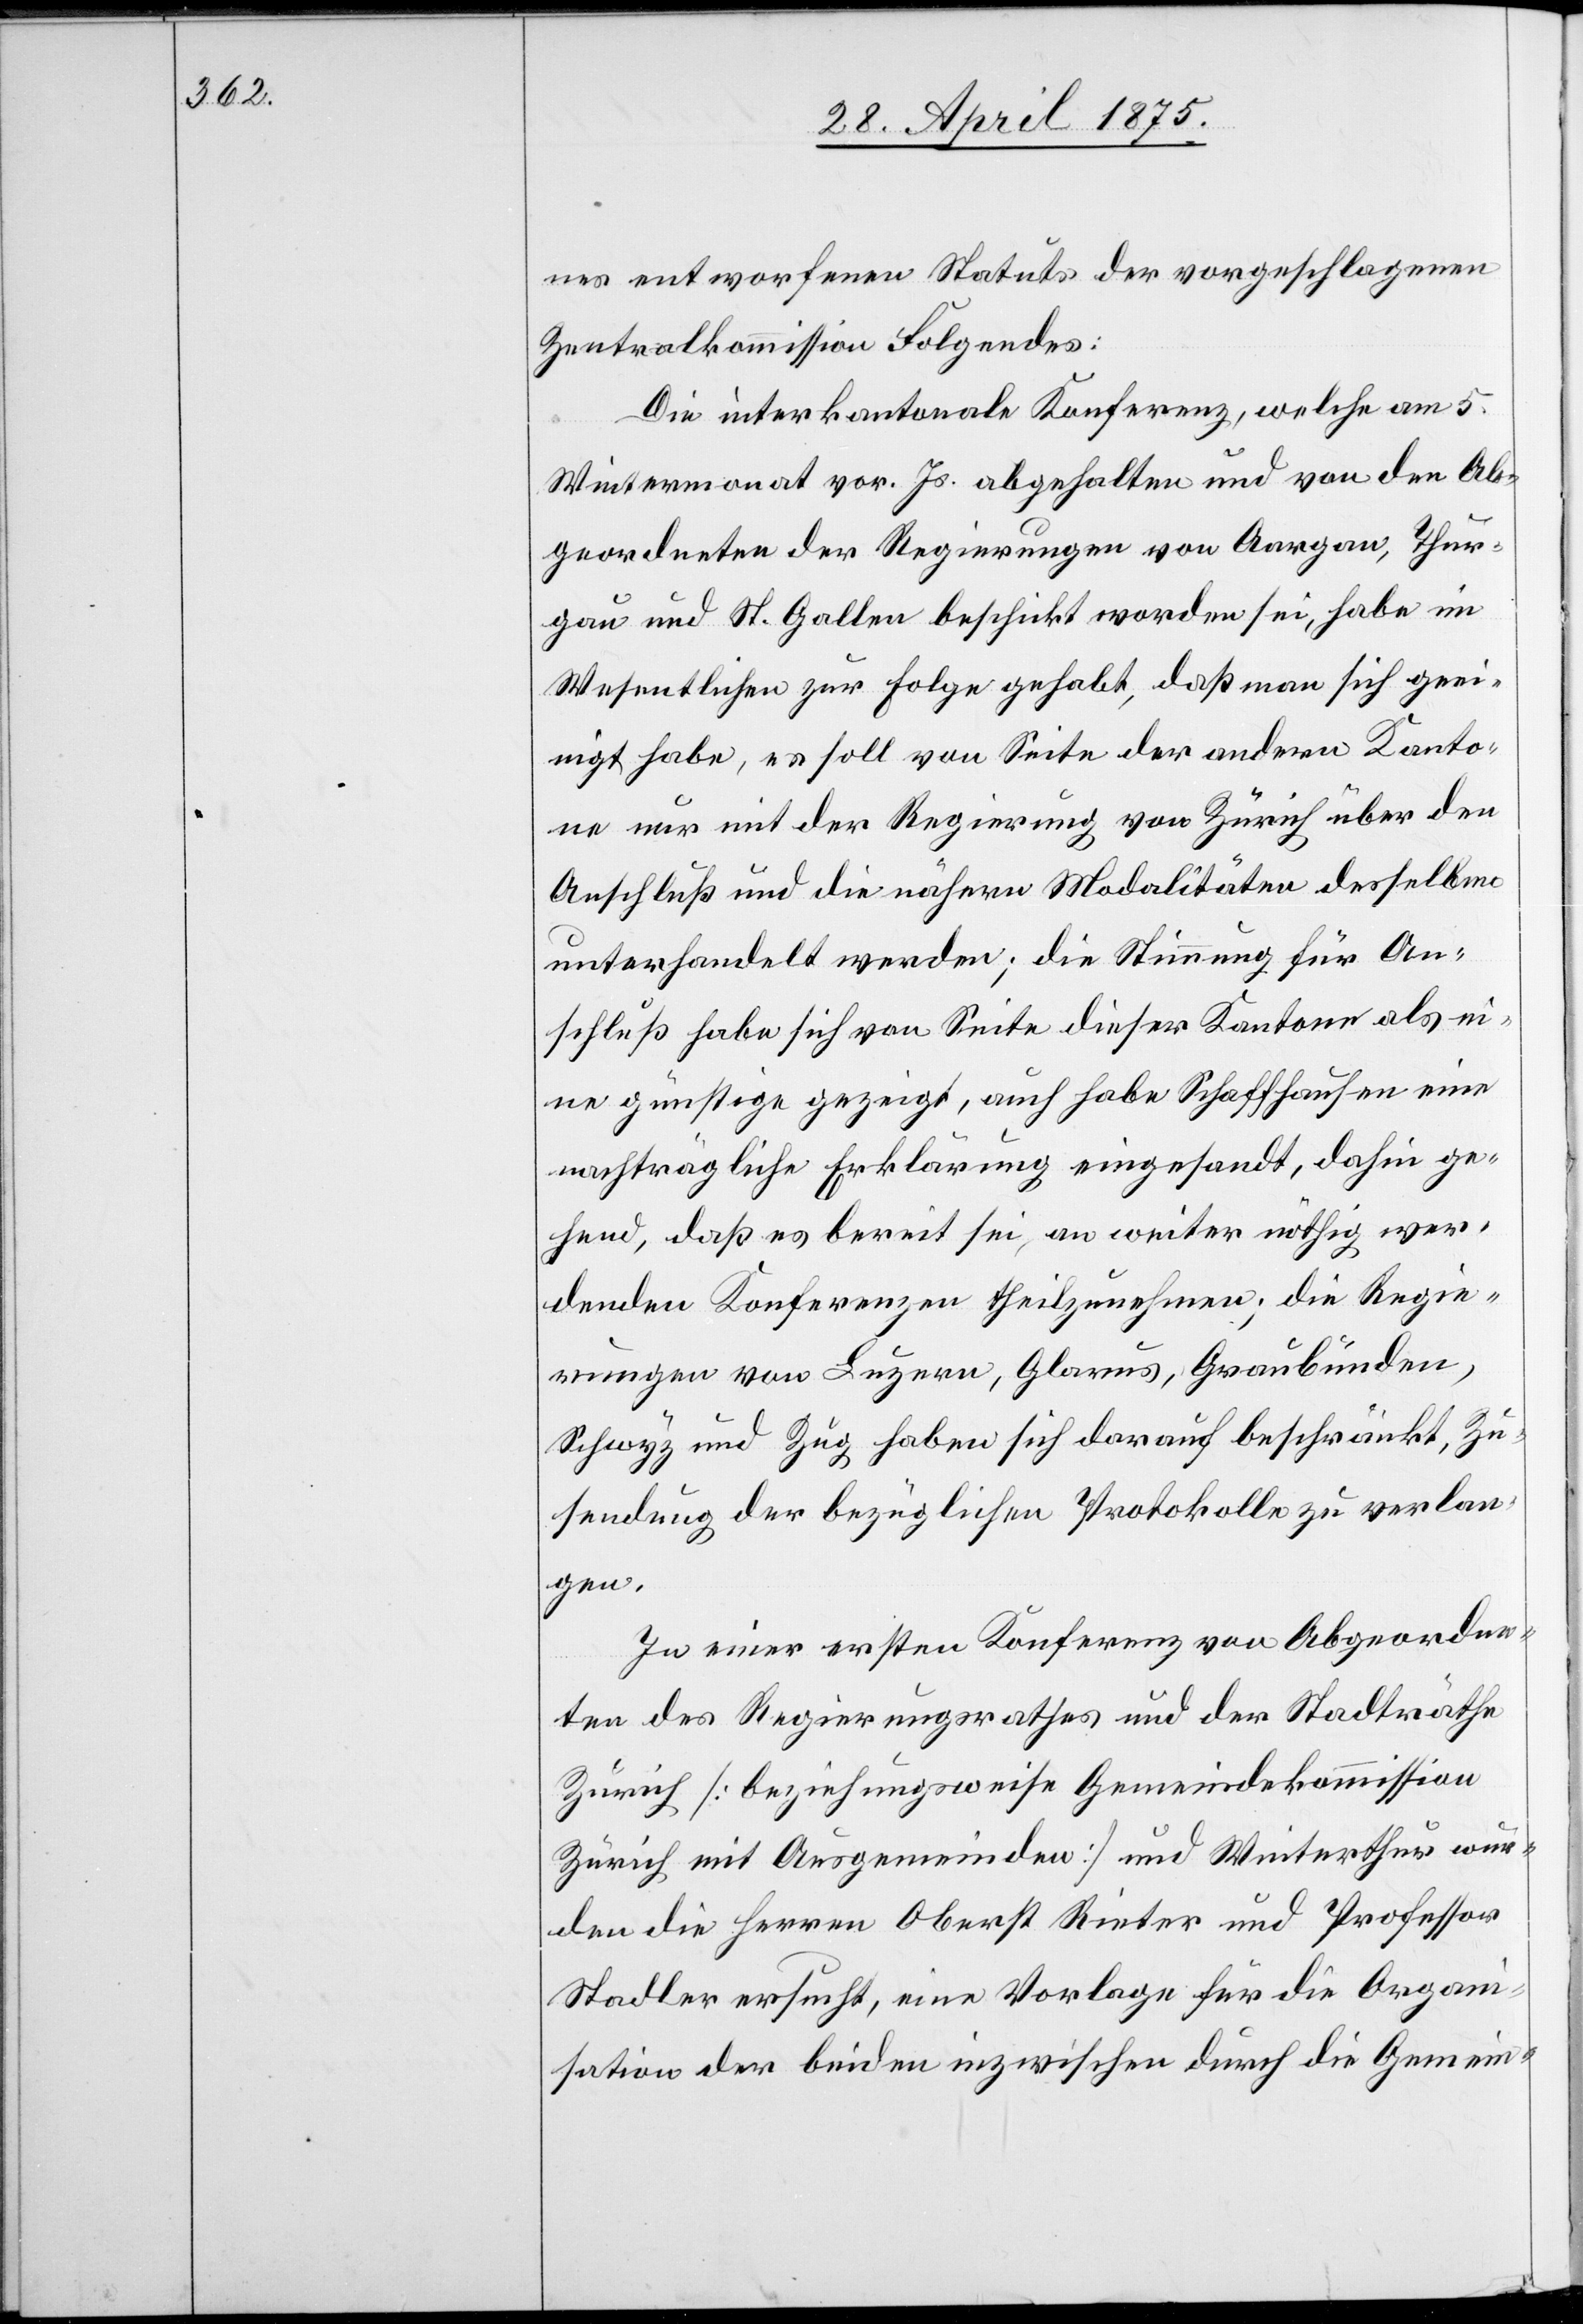
nes entworfenen Statuts der vorgeschlagenen
Zentralkommission Folgendes:
Die interkantonale Konferenz, welche am 5.
Wintermonat vor. Js. abgehalten und von den Ab¬
geordneten der Regierungen von Aargau, Thur¬
gau und St. Gallen beschickt worden sei, habe im
Wesentlichen zu Folge gehabt, daß man sich geei¬
nigt habe, es soll von Seite der andern Kanto¬
ne nur mit der Regierung von Zürich über den
Anschluß und die nähern Modalitäten derselben
unterhandelt werden; die Stimmung für An¬
schluß habe sich von Seite dieser Kantone als ei¬
ne günstige gezeigt, auch habe Schaffhausen eine
nachträgliche Erklärung eingesandt, dahinge¬
hend, daß es bereit sei, an weiter nöthig wer¬
denden Konferenzen theilzunehmen; die Regie¬
rungen von Luzern, Glarus, Graubünden,
Schwyz und Zug haben sich darauf beschränkt, Zu¬
sendung der bezüglichen Protokolle zu verlan¬
gen.
In einer ersten Konferenz von Abgeordne¬
ten des Regierungsrathes und der Stadträthe
Zürich [beziehungsweise Gemeindekommission
Zürich mit Ausgemeinden] und Winterthur wur¬
den die Herren Oberst Rieter und Professor
Stadler ersucht, eine Vorlage für die Organi¬
sation der beiden inzwischen durch die Gemein-